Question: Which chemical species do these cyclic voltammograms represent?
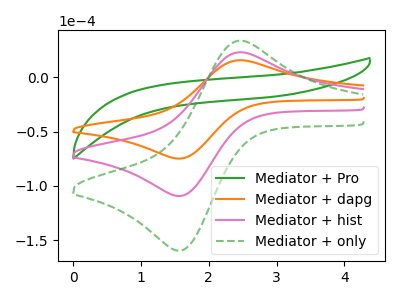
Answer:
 <answer>The green curve is labeled "Mediator + Pro". The orange curve is labeled "Mediator + dapg". The pink curve is labeled "Mediator + hist". The green dashed curve is labeled "Mediator + only".</answer>
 <eval></eval>